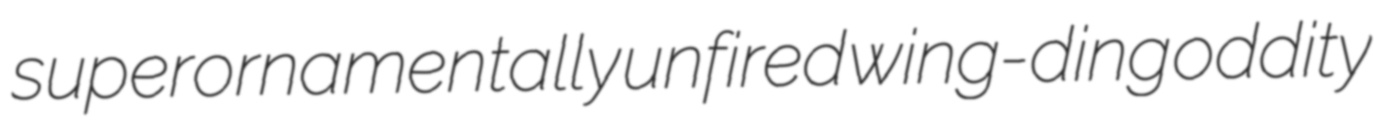
superornamentally unfired wing-ding oddity